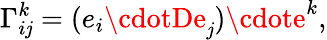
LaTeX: \Gamma_{i\mathit{j}}^{k}=(e_{i}\cdotDe_{\mathit{j}})\cdote^{k},